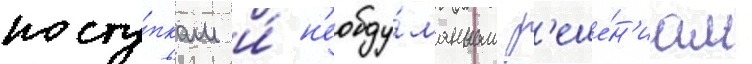
посту́пкам и́ н'еобду́манным р'еше́н'иам